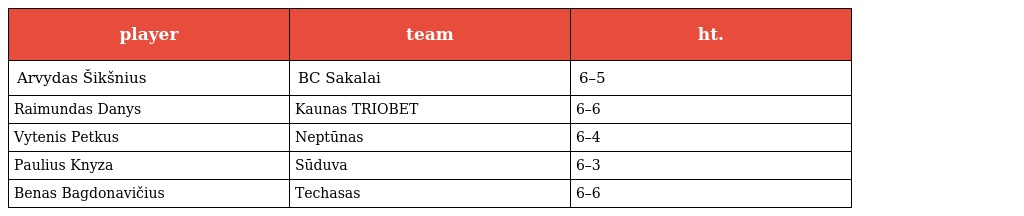
| player | team | ht. |
 | --- | --- | --- |
 | Arvydas Šikšnius | BC Sakalai | 6–5 |
 | Raimundas Danys | Kaunas TRIOBET | 6–6 |
 | Vytenis Petkus | Neptūnas | 6–4 |
 | Paulius Knyza | Sūduva | 6–3 |
 | Benas Bagdonavičius | Techasas | 6–6 |